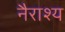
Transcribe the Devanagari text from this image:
नैराश्‍य